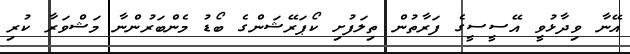
އޭނާ ވިދާޅުވީ އޭސީސީގެ ފަރާތުން ތިލަފުށި ކޯޕަރޭޝަންގެ ބޯޑު މެންބަރުންނާ މަޝްވަރާ ކުރި